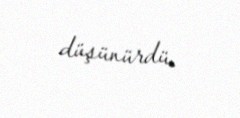
düşünürdü.